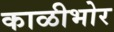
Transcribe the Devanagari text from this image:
काळीभोर